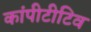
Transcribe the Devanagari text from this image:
कांपीटीटिव